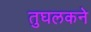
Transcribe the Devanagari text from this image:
तुघलकने